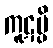
ကူဋမ္ပိ